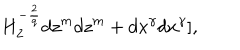
LaTeX: H _ { 2 } ^ { - \frac { 2 } { q } } d z ^ { m } d z ^ { m } + d x ^ { \gamma } d x ^ { \gamma } ] ,